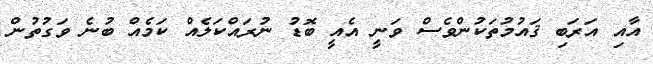
އާއި އަރަބި ޤައުމުތަކުންވެސް ވަނީ އެއީ ބޮޑު ނުރައްކަލެއް ކަމެއް ބުނެ ވަގުތުން